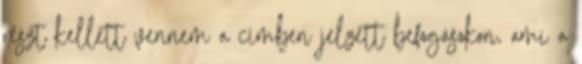
részt kellett vennem a címben jelzett befogásokon, ami a